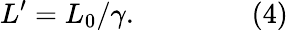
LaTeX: L^{\prime}=L_{0}/\gamma.\qquad\qquad{\mathrm{(4)}}